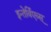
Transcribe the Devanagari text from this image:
इन्तेर्विएव्स्